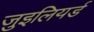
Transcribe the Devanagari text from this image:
जुइलियर्ड